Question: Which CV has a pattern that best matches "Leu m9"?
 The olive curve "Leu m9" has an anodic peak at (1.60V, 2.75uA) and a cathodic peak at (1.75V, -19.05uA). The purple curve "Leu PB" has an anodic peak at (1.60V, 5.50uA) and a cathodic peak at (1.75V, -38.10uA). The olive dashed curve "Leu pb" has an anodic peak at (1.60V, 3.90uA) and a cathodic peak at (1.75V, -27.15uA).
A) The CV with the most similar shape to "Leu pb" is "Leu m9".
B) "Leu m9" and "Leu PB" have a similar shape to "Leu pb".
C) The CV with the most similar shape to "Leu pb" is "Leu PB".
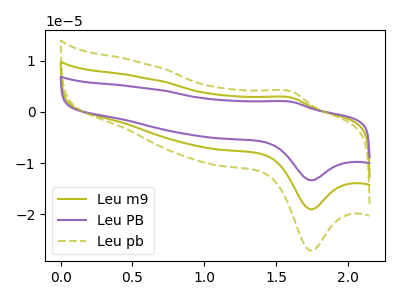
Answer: <think>All the peaks in "Leu m9" have a peak in "Leu PB" at the same potential. Every peak in "Leu m9" is lower than every peak in "Leu PB". All the peaks in "Leu m9" have a peak in "Leu pb" at the same potential. Every peak in "Leu m9" is lower than every peak in "Leu pb". All the peaks in "Leu PB" have a peak in "Leu pb" at the same potential. Every peak in "Leu PB" is higher than every peak in "Leu pb".
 </think>
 <answer>B) "Leu m9" and "Leu PB" have a similar shape to "Leu pb".</answer>
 <eval>B</eval>